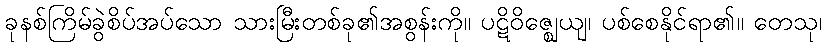
ခုနစ်ကြိမ်ခွဲစိပ်အပ်သော သားမြီးတစ်ခု၏အစွန်းကို။ ပဋိဝိဇ္ဈေယျ၊ ပစ်စေနိုင်ရာ၏။ တေသု၊